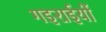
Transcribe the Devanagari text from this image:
गइराईयों